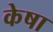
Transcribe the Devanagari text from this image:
केषा